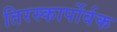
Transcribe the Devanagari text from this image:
तिरस्कार्पोर्वक